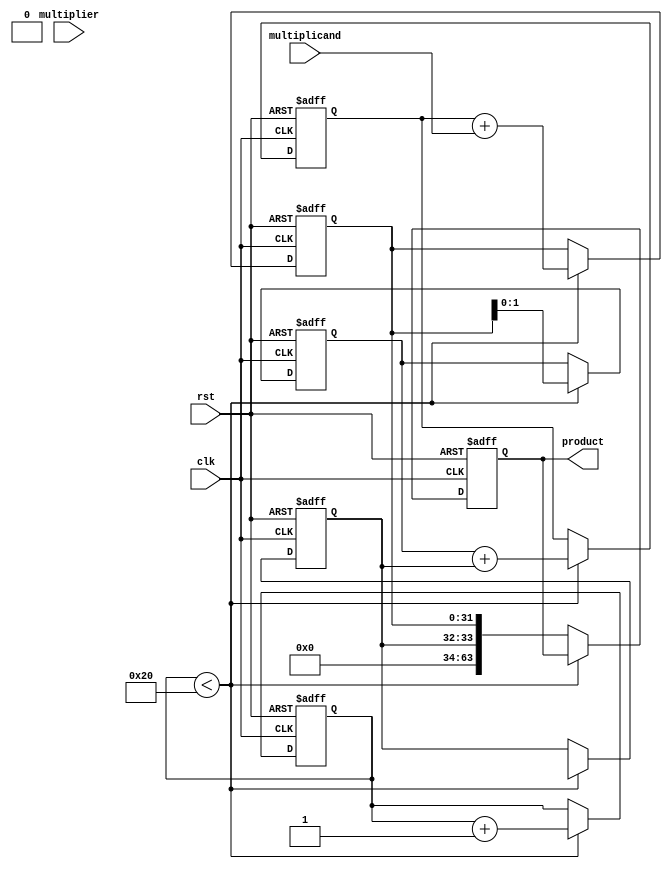
module unsigned_multiplier (
    input wire clk,
    input wire rst,
    input wire [31:0] multiplicand,
    input wire [31:0] multiplier,
    output reg [63:0] product
);

reg [31:0] shift_reg;
reg [31:0] adder_input;
reg [31:0] partial_product;
reg [1:0] adder_carry;
reg [1:0] adder_out;
reg [1:0] adder_in;

always @(posedge clk or posedge rst)
begin
    if (rst)
    begin
        shift_reg <= 0;
        adder_input <= 0;
        partial_product <= 0;
        adder_carry <= 0;
        adder_out <= 0;
        adder_in <= 0;
        product <= 0;
    end
    else
    begin
        if (shift_reg < 32)
        begin
            adder_input <= multiplier[shift_reg];
            partial_product <= adder_out + multiplicand;
            
            adder_in <= partial_product;
            adder_out <= adder_in + adder_carry;
            adder_carry <= adder_out[32];
            
            shift_reg <= shift_reg + 1;
        end
        else
        begin
            product <= {adder_carry, partial_product};
        end
    end
end

endmodule